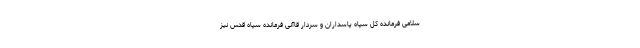
سلامی فرمانده کل سپاه پاسداران و سردار قاآنی فرمانده سپاه قدس نیز